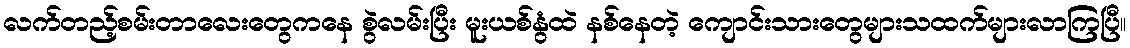
လက်တည့်စမ်းတာလေးတွေကနေ စွဲလမ်းပြီး မူးယစ်နွံထဲ နစ်နေတဲ့ ကျောင်းသားတွေများသထက်များလာကြပြီ။